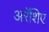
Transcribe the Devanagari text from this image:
अरॅशिए